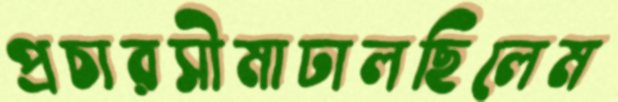
প্রচারসীমাঢালছিলেম